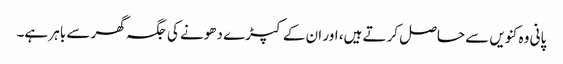
پانی وہ کنویں سے حاصل کرتے ہیں، اور ان کے کپڑے دھونے کی جگہ گھر سے باہر ہے۔